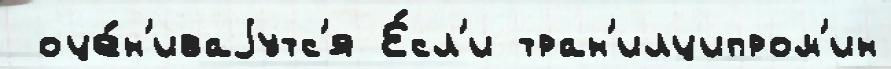
 оце́н'иваjутс'я Е́сл'и тран'илципром'ин